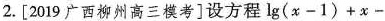
2.[2019广西柳州高三模考]设方程$$g(x-1)+χ-